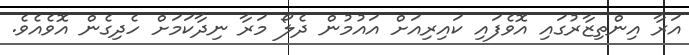
އަރާ އިންތިޒާރުގައި އޮވެފައި ކައިރިއަށް އައުމުން ދެލޯ މަރާ ނިދާކަމަށް ހެދިގެން އޮވެއެވެ.